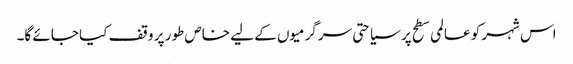
اس شہر کو عالمی سطح پر سیاحتی سرگرمیوں کے لیے خاص طور پر وقف کیا جائے گا۔